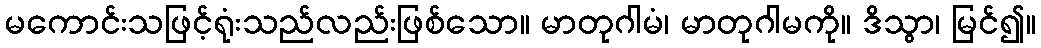
မကောင်းသဖြင့်ရုံးသည်လည်းဖြစ်သော။ မာတုဂါမံ၊ မာတုဂါမကို။ ဒိသွာ၊ မြင်၍။